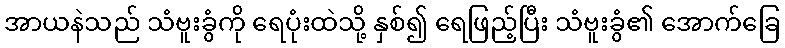
အာယနဲသည် သံဗူးခွံကို ရေပုံးထဲသို့ နှစ်၍ ရေဖြည့်ပြီး သံဗူးခွံ၏ အောက်ခြေ